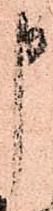
申